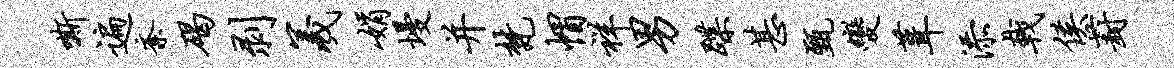
嘶遍紊碣剥羲娟墁并梵帽祥男蹀甚甄变葺添戟侯葑